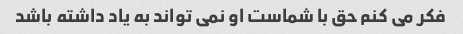
فکر می کنم حق با شماست او نمی تواند به یاد داشته باشد